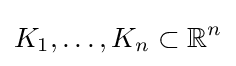
K_{1},\ldots ,K_{n}\subset \mathbb {R} ^{n}